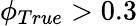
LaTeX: \phi_{True}>0.3